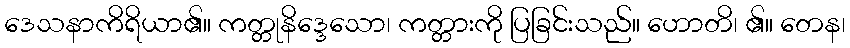
ဒေသနာကိရိယာ၏။ ကတ္တုနိဒ္ဒေသော၊ ကတ္တားကို ပြခြင်းသည်။ ဟောတိ၊ ၏။ တေန၊